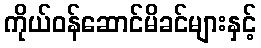
ကိုယ်ဝန်ဆောင်မိခင်များနှင့်